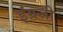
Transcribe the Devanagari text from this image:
इंंग्रजी